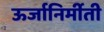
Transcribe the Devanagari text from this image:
ऊर्जानिर्मीती